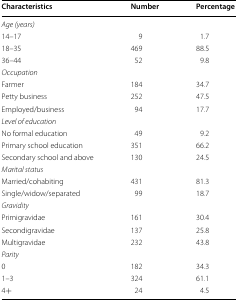
<table><thead><tr><td><b>Characteristics</b></td><td><b>Number</b></td><td><b>Percentage</b></td></tr></thead><tbody><tr><td colspan="3"><i>Age (years)</i></td></tr><tr><td>14–17</td><td>9</td><td>1.7</td></tr><tr><td>18–35</td><td>469</td><td>88.5</td></tr><tr><td>36–44</td><td>52</td><td>9.8</td></tr><tr><td colspan="3"><i>Occupation</i></td></tr><tr><td>Farmer</td><td>184</td><td>34.7</td></tr><tr><td>Petty business</td><td>252</td><td>47.5</td></tr><tr><td>Employed/business</td><td>94</td><td>17.7</td></tr><tr><td colspan="3"><i>Level of education</i></td></tr><tr><td>No formal education</td><td>49</td><td>9.2</td></tr><tr><td>Primary school education</td><td>351</td><td>66.2</td></tr><tr><td>Secondary school and above</td><td>130</td><td>24.5</td></tr><tr><td colspan="3"><i>Marital status</i></td></tr><tr><td>Married/cohabiting</td><td>431</td><td>81.3</td></tr><tr><td>Single/widow/separated</td><td>99</td><td>18.7</td></tr><tr><td colspan="3"><i>Gravidity</i></td></tr><tr><td>Primigravidae</td><td>161</td><td>30.4</td></tr><tr><td>Secondigravidae</td><td>137</td><td>25.8</td></tr><tr><td>Multigravidae</td><td>232</td><td>43.8</td></tr><tr><td colspan="3"><i>Parity</i></td></tr><tr><td>0</td><td>182</td><td>34.3</td></tr><tr><td>1–3</td><td>324</td><td>61.1</td></tr><tr><td>4+</td><td>24</td><td>4.5</td></tr></tbody></table>